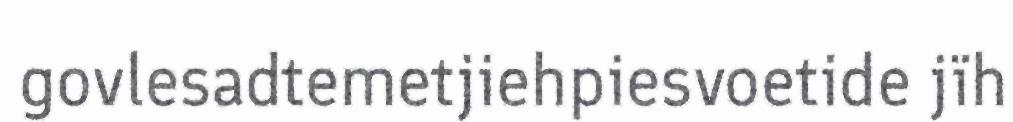
govlesadtemetjiehpiesvoetide jïh